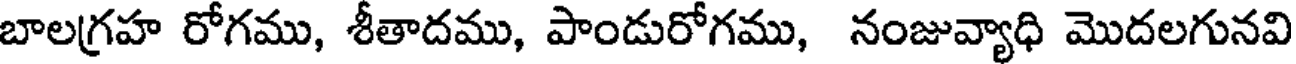
బాలగ్రహ రోగము, శీతాదము, పాండురోగము, నంజువ్యాధి మొదలగునవి